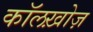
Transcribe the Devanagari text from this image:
कॉलख़ोज़